Annual returns of the Patna Lunatic Asylum at Bankipore in Bihar and Orissa - 1912-1924
Year: 1912
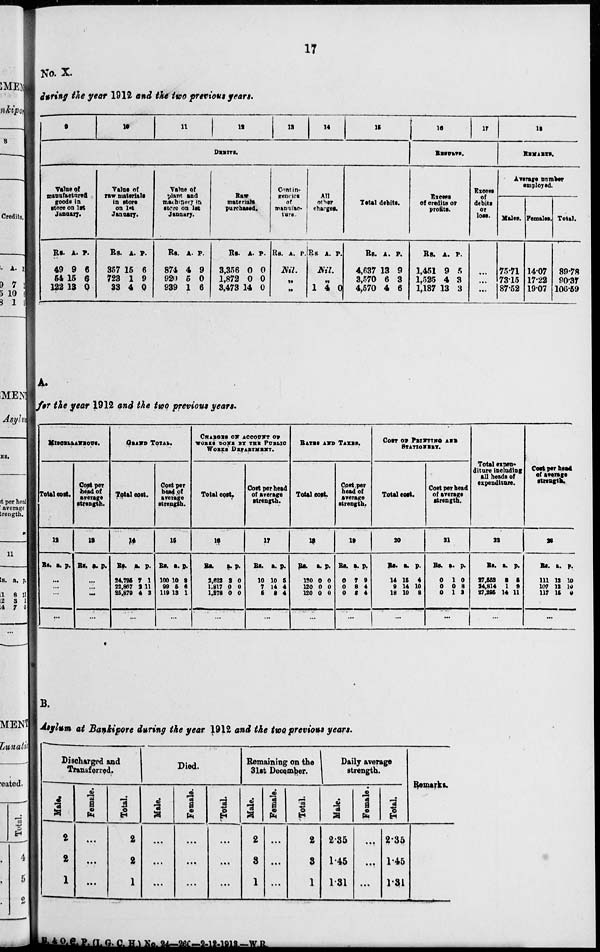
17
No. X.
during the year 1912 and the two previous years.
9
10
11
12
13
14
15
DEBITS.
Value of
manufacturerd
goods in
store on 1st
January.
Rs.
49
54
122
A.
9
15
13
P.
6
6
0
Value of
raw matarials
in store
on 1st
January.
Rs.
357
723
33
A.
15
1
4
P.
6
9
0
Value of
plant and
machinery
store on 1st
January.
Rs.
874
920
939
A.
4
5
1
P.
9
0
6
Raw
matarials
purchased.
Rs.
3,356
1,872
3,473
A.
0
0
14
P.
0
0
0
Contin¬
gencies
of
manafac¬
ture
Rs. A. P.
Nil.
„
„
All
Other
charges.
Rs. A. P.
Nil.
„
1 4 0
Total debits.
Rs.
4,637
3,570
4,570
A.
13
6
4
P.
9
3
6
1 6
17
RESULTS
Excess
of credits or
profits.
Rs.
1,451
1,525
1,187
A.
9
4
13
P.
5
3
3
Excess
of
debits
or
loss.
...
...
...
18
REMARKS.
Average number
employad.
Males.
75.71
73.15
87.52
Females.
14.07
17.22
19.07
Total.
89.78
90.37
106.59
A.
for the year 1912 and the two previous year.
MISCELLANEOUS.
Total cost.
12
Rs. a. p.
...
...
...
...
Cost per
head of
strength.
13
Rs. a. p.
...
...
...
...
GRAND TOTAL.
Total cost.
14
Rs.
24,725
22,867 25,879
a.
7
2
4
p.
1
11
2
...
Cost per
head of
average
strength.
15
Rs.
100
99
119
a.
10
5
12
p.
2
6
1
...
CHARGES OF ACCOUNT OF
WORKS DONE BY THE PUBLIC
WORKS DEPARTMENT.
Total cost.
16
Rs.
2,623
1,817
1,272
a.
2
0
0
p.
0
0
0
...
Cost per head
of average
strength.
17
Rs.
10
7
5
a.
10
14
2
p.
5
4
4
...
RATES AND TAXES.
Total cost.
18
Rs.
130
120
120
a.
0
0
0
p.
0
0
0
...
Cost per
head of
average
strength.
19
Rs.
0
0
0
a.
7
2
2
p.
9
4
4
...
COST OF PRINTING AND
STATIONERY.
Total cost.
20
Rs.
14
9
19
a.
15
14
10
p.
4
10
3
...
Cost per head
of average
strength.
21
Rs.
0
0
0
a.
1
0
1
p.
0
3
2
...
Total expen¬
diture including
all heads of
expenditure.
22
Rs.
27,753
24,814
27,296
a.
2
1
14
p.
5
9
11
Cost per head
of average
strength.
23
Rs.
111
107
117
a.
12
12
15
p.
10
10
0
...
B.
Asylum at Bankipore during the year 1912 and the previous years.
Discharged and
Transferred.
Male.
2
2
1
Female.
...
...
...
Total
2
2
1
Died.
Male.
...
...
...
Female.
...
...
...
Total
...
...
...
Remaining on the
31st December.
Male.
2
3
1
Female.
...
...
...
Total.
2
3
1
Daily average
strength.
Male.
2.35
1.45
1.31
Female.
...
...
...
Total.
2.35
1.45
1.31
Remarks.
R A O P P (I. G. C. H) No 24—266 —2-12-1913—W R